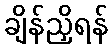
ချိန်ညှိရန်